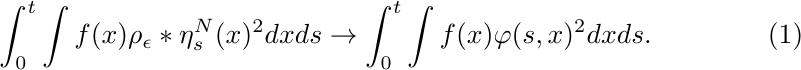
\begin{equation}
\label{eq:QuadConvergence}
\int_0^t\int f(x)
\rho_\epsilon * \eta_s^N(x)^2 dx ds
\rightarrow \int_0^t \int f(x)
\varphi(s,x)^2 dx ds.
\end{equation}